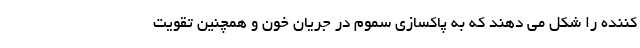
کننده را شکل می دهند که به پاکسازی سموم در جریان خون و همچنین تقویت